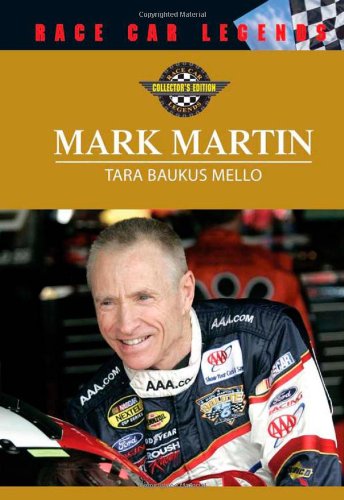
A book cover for Mark Martin (Race Car Legends); Tara Baukus Mello; Teen & Young Adult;